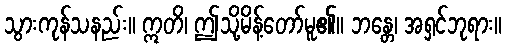
သွားကုန်သနည်း။ ဣတိ၊ ဤသို့မိန့်တော်မူ၏။ ဘန္တေ၊ အရှင်ဘုရား။